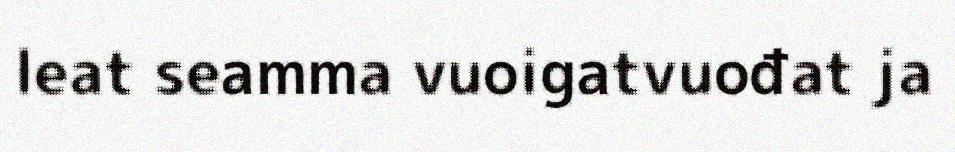
leat seamma vuoigatvuođat ja